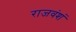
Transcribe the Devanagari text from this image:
राजवंशं